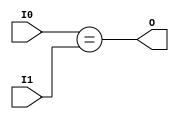
module coreir_eq_8_wrapped (
    input [7:0] I0,
    input [7:0] I1,
    output O
);
assign O = I0 == I1;
endmodule